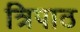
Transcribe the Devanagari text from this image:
त्रिपाठ